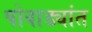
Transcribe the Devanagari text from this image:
पोवाड्यांत